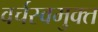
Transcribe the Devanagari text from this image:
वर्चस्वमुक्त